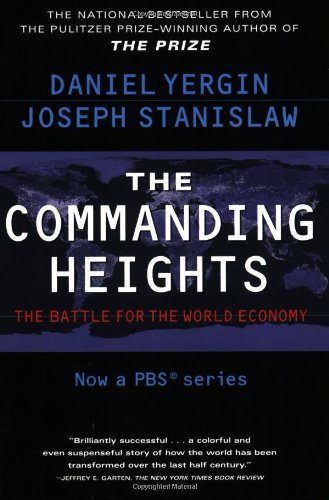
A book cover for The Commanding Heights : The Battle for the World Economy; Daniel Yergin; Business & Money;